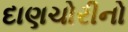
દાણચોરીનો